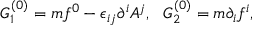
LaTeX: G _ { 1 } ^ { ( 0 ) } = m f ^ { 0 } - \epsilon _ { i j } \partial ^ { i } A ^ { j } , ~ ~ G _ { 2 } ^ { ( 0 ) } = m \partial _ { i } f ^ { i } ,